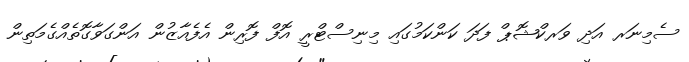
ސެމިނަރ އަދި ވަރކްޝޮޕް ފަދަ ކަންކަމުގައި މިނިސްޓްރީ އޮފް ފޮރިން އެފެއާޒުން އަންގަވާގޮތެއްގެމަތިން